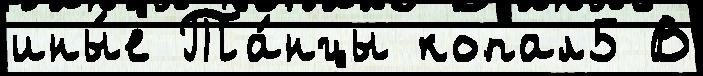
ины́е Та́нцы копал5 В